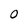
Character: O